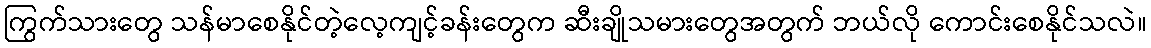
ကြွက်သားတွေ သန်မာစေနိုင်တဲ့လေ့ကျင့်ခန်းတွေက ဆီးချိုသမားတွေအတွက် ဘယ်လို ကောင်းစေနိုင်သလဲ။